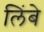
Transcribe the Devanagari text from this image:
लिंबे